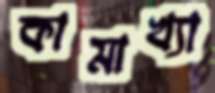
কামাখ্যা